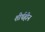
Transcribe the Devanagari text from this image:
शीर्षहीन